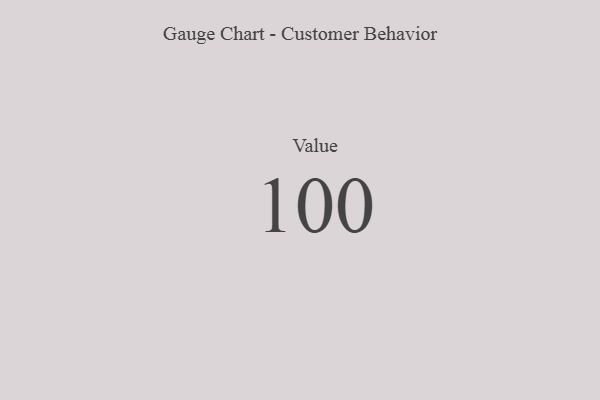
{"axis": {"x": "Metric", "y": "Value"}, "legend": [""], "data": [{"x": "Value", "y": 100, "type": ""}]}